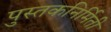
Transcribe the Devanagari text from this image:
पुस्तकनिर्मिती